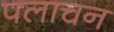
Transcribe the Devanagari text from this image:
पलाचन